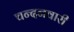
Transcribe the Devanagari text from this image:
चन्दनवारी